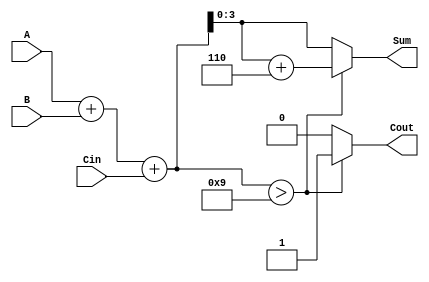
module BCD_Fast_Adder (
    input  [3:0] A,    // First BCD digit
    input  [3:0] B,    // Second BCD digit
    input        Cin,   // Carry-in
    output reg [3:0] Sum,  // Resulting BCD digit (sum)
    output reg Cout       // Carry-out
);

    wire [4:0] binary_sum; // Use 5 bits to accommodate carry
    wire correction_needed; // Flag to indicate correction needed

    // Step 1: Binary addition of A, B, and Cin
    assign binary_sum = A + B + Cin;

    // Step 2: Check if correction is needed
    assign correction_needed = (binary_sum > 5'd9); // Check if the sum exceeds 9

    // Step 3: Determine the BCD adjusted sum and carry-out
    always @(*) begin
        if (correction_needed) begin
            // Adjust result by adding 6 (0110)
            Sum    = binary_sum[3:0] + 4'b0110;
            Cout   = 1; // A correction means overflow into the next BCD digit
        end else begin
            Sum    = binary_sum[3:0];
            Cout   = 0; // No correction means it fits in a single BCD digit
        end
    end
    
endmodule